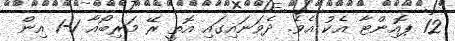
12 ޕޮއިންޓާ އެކު އެވެ. ދެވަނައިގައި އޮތީ ރޭ މަރިބޯއާ 1-1 އިން